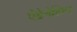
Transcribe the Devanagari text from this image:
ऐड्रेनेलिन